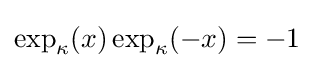
\exp _{\kappa }(x)\exp _{\kappa }(-x)=-1